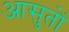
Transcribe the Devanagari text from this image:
आसुतों